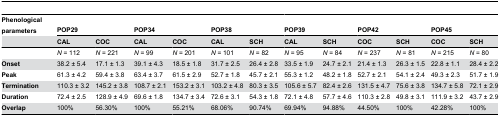
| Phenological parameters | <COLSPAN=2> POP29 | <COLSPAN=2> POP34 | <COLSPAN=2> POP38 | <COLSPAN=2> POP39 | <COLSPAN=2> POP42 | <COLSPAN=3> POP45 |
 |  | CAL | COC | CAL | COC | CAL | SCH | CAL | SCH | COC | SCH | COC | SCH |
 | --- | --- | --- | --- | --- | --- | --- | --- | --- | --- | --- | --- | --- | --- |
 |  | N = 112 | N = 221 | N = 99 | N = 201 | N = 101 | N = 82 | N = 95 | N = 84 | N = 237 | N = 81 | N = 215 | N = 80 |
 | Onset | 38.2 ± 5.4 | 17.1 ± 1.3 | 39.1 ± 4.3 | 18.5 ± 1.8 | 31.7 ± 2.5 | 26.4 ± 2.8 | 33.5 ± 1.9 | 24.7 ± 2.1 | 21.4 ± 1.3 | 26.3 ± 1.5 | 22.8 ± 1.1 | 28.4 ± 2.2 |
 | Peak | 61.3 ± 4.2 | 59.4 ± 3.8 | 63.4 ± 3.7 | 61.5 ± 2.9 | 52.7 ± 1.8 | 45.7 ± 2.1 | 55.3 ± 1.2 | 48.2 ± 1.8 | 52.7 ± 2.1 | 54.1 ± 2.4 | 49.3 ± 2.3 | 51.7 ± 1.9 |
 | Termination | 110.3 ± 3.2 | 145.2 ± 3.8 | 108.7 ± 2.1 | 153.2 ± 3.1 | 103.2 ± 4.8 | 80.3 ± 3.5 | 105.6 ± 5.7 | 82.4 ± 2.6 | 131.5 ± 4.7 | 75.6 ± 3.8 | 134.7 ± 5.8 | 72.1 ± 2.9 |
 | Duration | 72.4 ± 2.5 | 128.9 ± 4.9 | 69.6 ± 1.8 | 134.7 ± 3.4 | 72.6 ± 3.1 | 54.3 ± 1.8 | 72.1 ± 4.8 | 57.7 ± 4.6 | 110.3 ± 2.8 | 49.8 ± 3.1 | 111.9 ± 3.2 | 43.7 ± 2.9 |
 | Overlap | 100% | 56.30% | 100% | 55.21% | 68.06% | 90.74% | 69.94% | 94.88% | 44.50% | 100% | 42.28% | 100% |